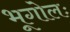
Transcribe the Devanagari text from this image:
भूगोलः